Annual statistical returns and brief notes on vaccination in Bengal - 1909-1929
Year: 1909
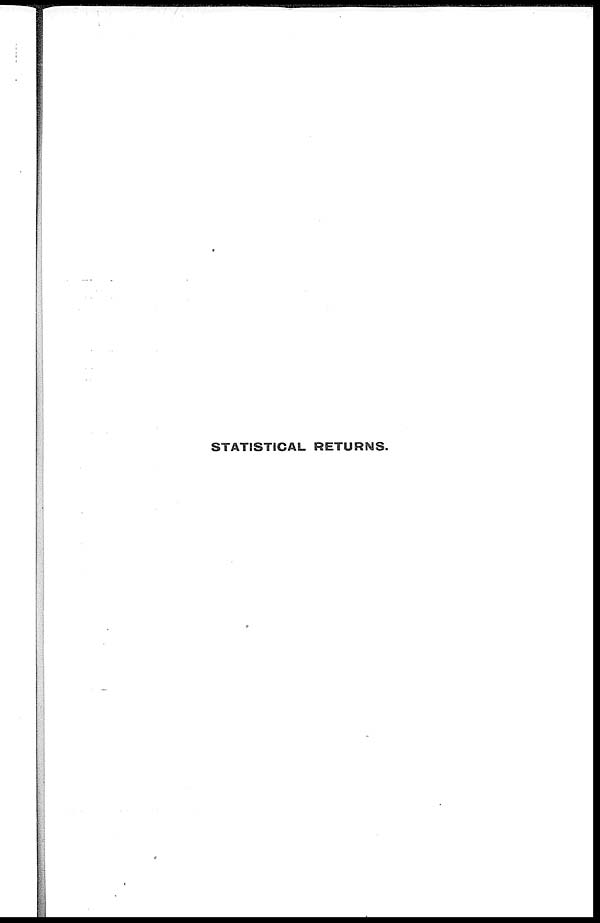
STATISTICAL RETURNS.